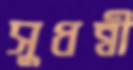
সুধন্বী